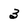
Character: 3